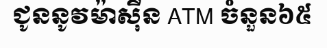
ជូននូវម៉ាស៊ីន ATM ចំនួន៦៥